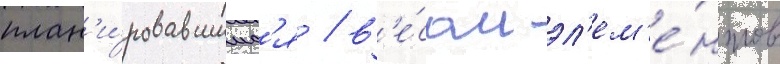
план'и́ровавшимс'я / в'е́сом эл'ем'е́нтов